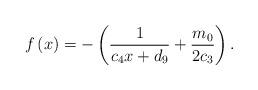
LaTeX: \begin{align*}f\left( x\right) =-\left( \frac{1}{c_{4}x+d_{9}}+\frac{m_{0}}{2c_{3}}\right). \end{align*}